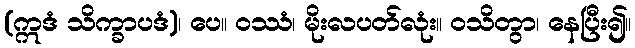
(ဣဒံ သိက္ခာပဒံ)၊ ပေ။ ဝဿံ၊ မိုးလပတ်လုံး။ ဝသိတွာ၊ နေပြီး၍။